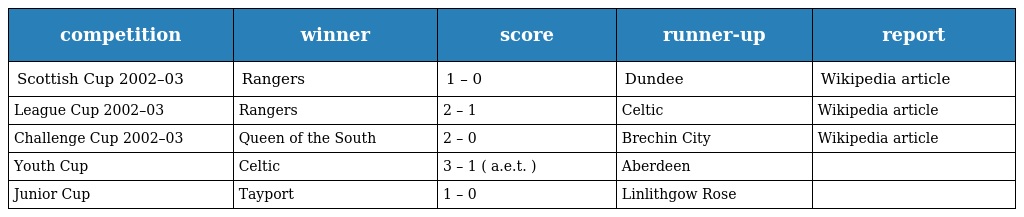
| competition | winner | score | runner-up | report |
 | --- | --- | --- | --- | --- |
 | Scottish Cup 2002–03 | Rangers | 1 – 0 | Dundee | Wikipedia article |
 | League Cup 2002–03 | Rangers | 2 – 1 | Celtic | Wikipedia article |
 | Challenge Cup 2002–03 | Queen of the South | 2 – 0 | Brechin City | Wikipedia article |
 | Youth Cup | Celtic | 3 – 1 ( a.e.t. ) | Aberdeen |  |
 | Junior Cup | Tayport | 1 – 0 | Linlithgow Rose |  |